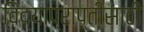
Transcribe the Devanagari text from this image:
विद्याप्राप्तीसाठी